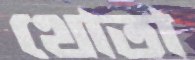
থোতা